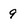
Character: 9